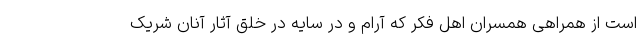
است از همراهی همسران اهل فکر که آرام و در سایه در خلق آثار آنان شریک